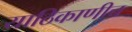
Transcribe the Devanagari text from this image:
याठिकाणीच